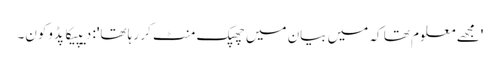
'مجھے معلوم تھا کہ میں بیان میں چھپک منٹ کر رہا تھا': دیپیکا پڈوکون۔